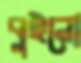
বুইনো